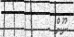
ނޫން -